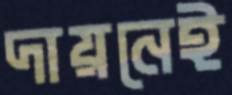
দায়নেই